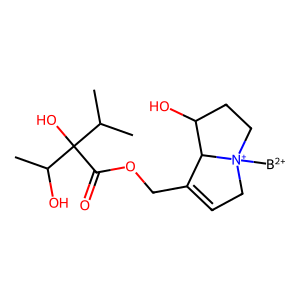
SMILES: [B+2][N+]12CC=C(COC(=O)C(O)(C(C)C)C(C)O)C1C(O)CC2
Inhibits HIV replication: No